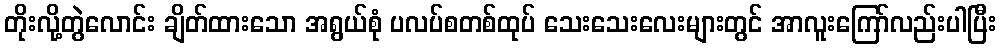
တိုးလို့တွဲလောင်း ချိတ်ထားသော အရွယ်စုံ ပလပ်စတစ်ထုပ် သေးသေးလေးများတွင် အာလူးကြော်လည်းပါပြီး